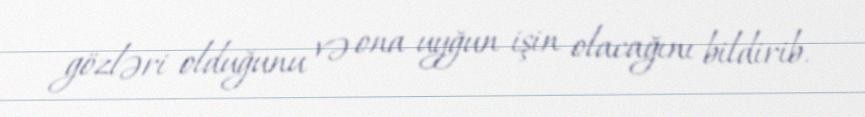
gözləri olduğunu və ona uyğun işin olacağını bildirib.